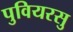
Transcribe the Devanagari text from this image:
पुवियरसु